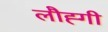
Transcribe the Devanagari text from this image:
लौह्गी